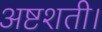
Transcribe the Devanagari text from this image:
अष्टशती।